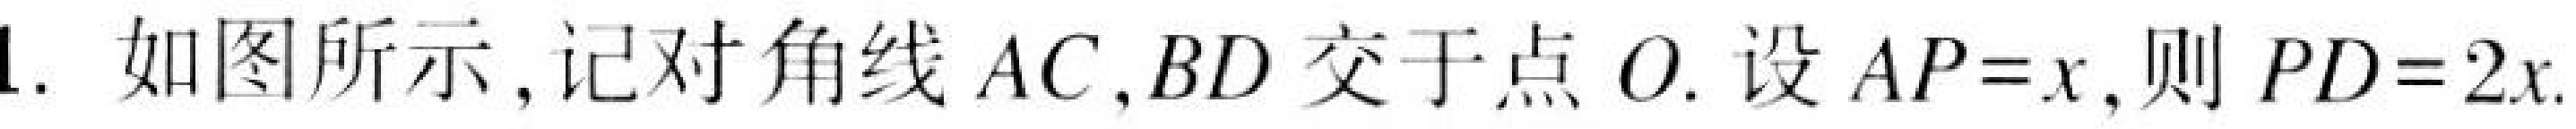
1. 如图所示,记对角线\(AC,BD\)交于点\(O\). 设\(AP = x\),则\(PD = 2x\).